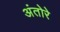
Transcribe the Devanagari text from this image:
अंतोरे